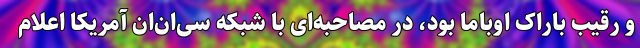
و رقیب باراک اوباما بود، در مصاحبه‌ای با شبکه سی‌ان‌ان آمریکا اعلام